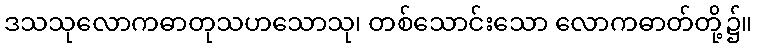
ဒသသုလောကဓာတုသဟသောသု၊ တစ်သောင်းသော လောကဓာတ်တို့၌။